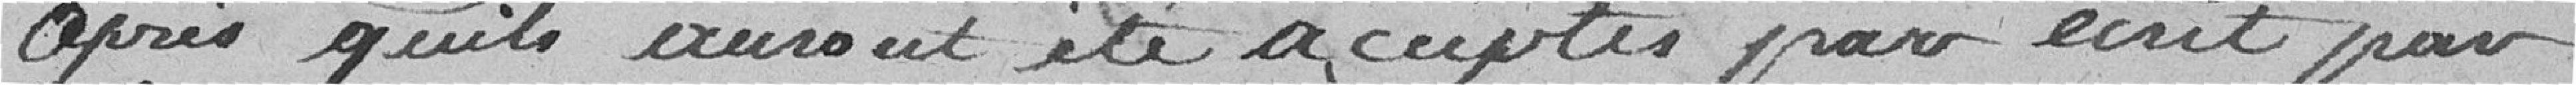
après qu'ils auront été acceptés par écrit par